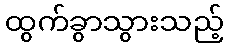
ထွက်ခွာသွားသည့်